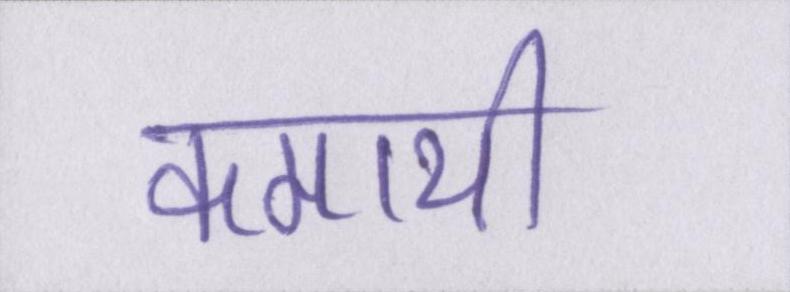
कमायी